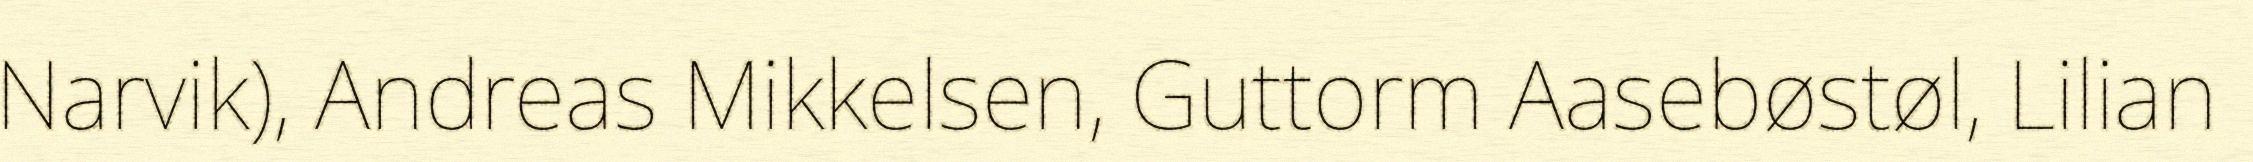
Narvik), Andreas Mikkelsen, Guttorm Aasebøstøl, Lilian